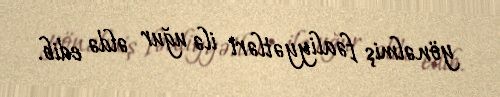
yönəlmiş fəaliyyətləri ilə uğur əldə edib.